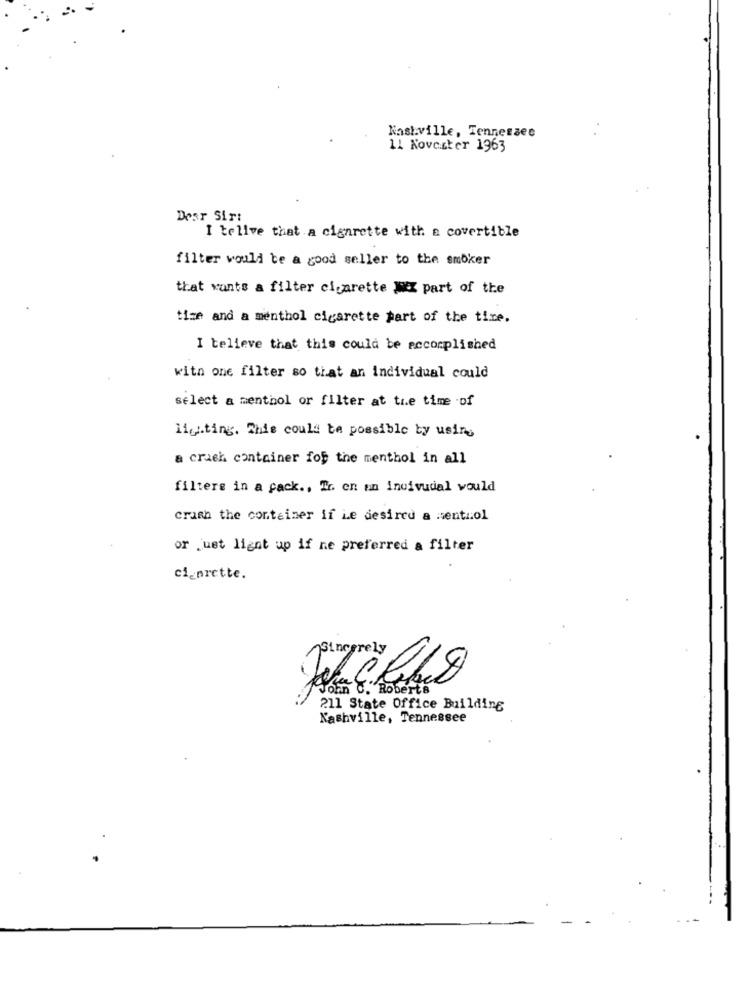
Nashville, Tennessee
11 Novester 1963
Desr Sirt
I tellve that a cigarette with a covertible
filter would be a good seller to the smoker
that wants a filter cigarette I part of the
tize and a menthol cigarette part of the time.
I believe that this could be accomplished
with one filter so that an individual could
select a menthol or filter at the time of
listing. This could be possible by using
a crush container fof the menthol in all
filtere in a pack ., Ir. en an indivudal would
crash the container if Le desired a sentiol
or just lignt up if ne preferred a filter
cigarette.
sincerely
oan C. Roberts
211 State Office Building
Nashville, Tennessee